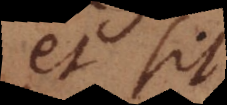
et sit